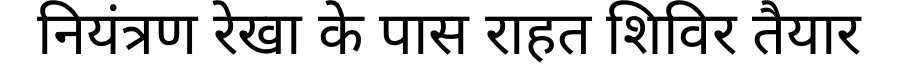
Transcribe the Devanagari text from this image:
नियंत्रण रेखा के पास राहत शिविर तैयार